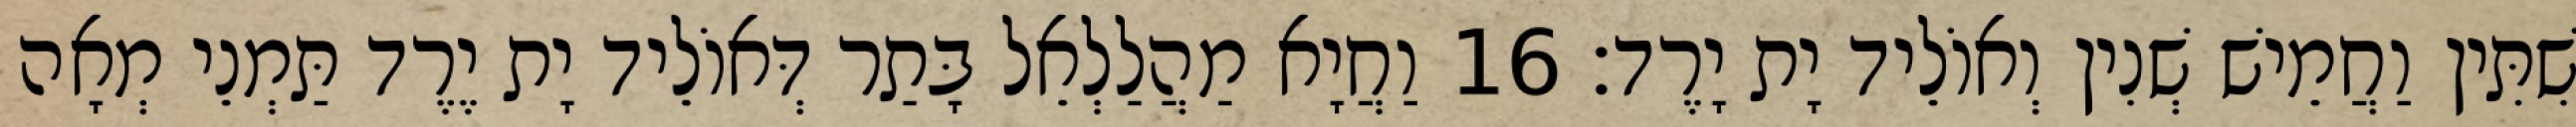
שִׁתִּין וַחֲמֵישׁ שְׁנִין וְאוֹלֵיד יָת יָרֶד׃ 16 וַחֲיָא מַהֲלַלְאֵל בָּתַר דְּאוֹלֵיד יָת יֶרֶד תַּמְנֵי מְאָה